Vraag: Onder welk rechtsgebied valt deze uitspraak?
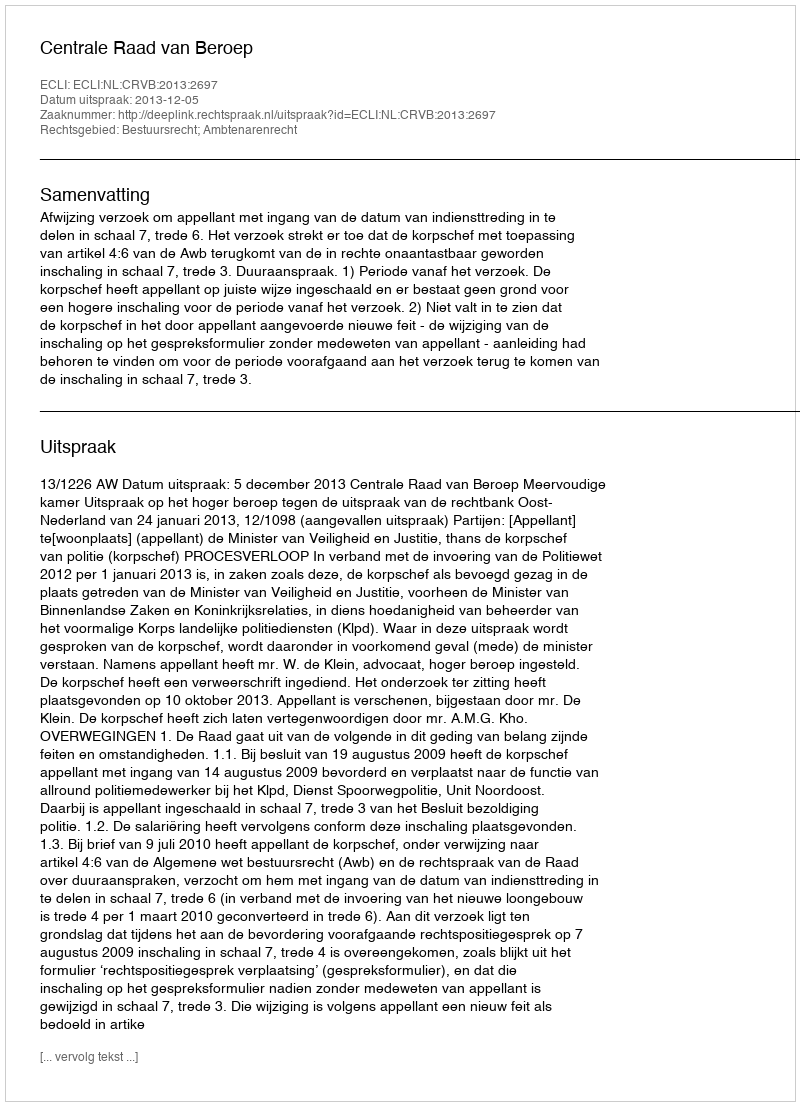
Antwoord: Bestuursrecht; Ambtenarenrecht